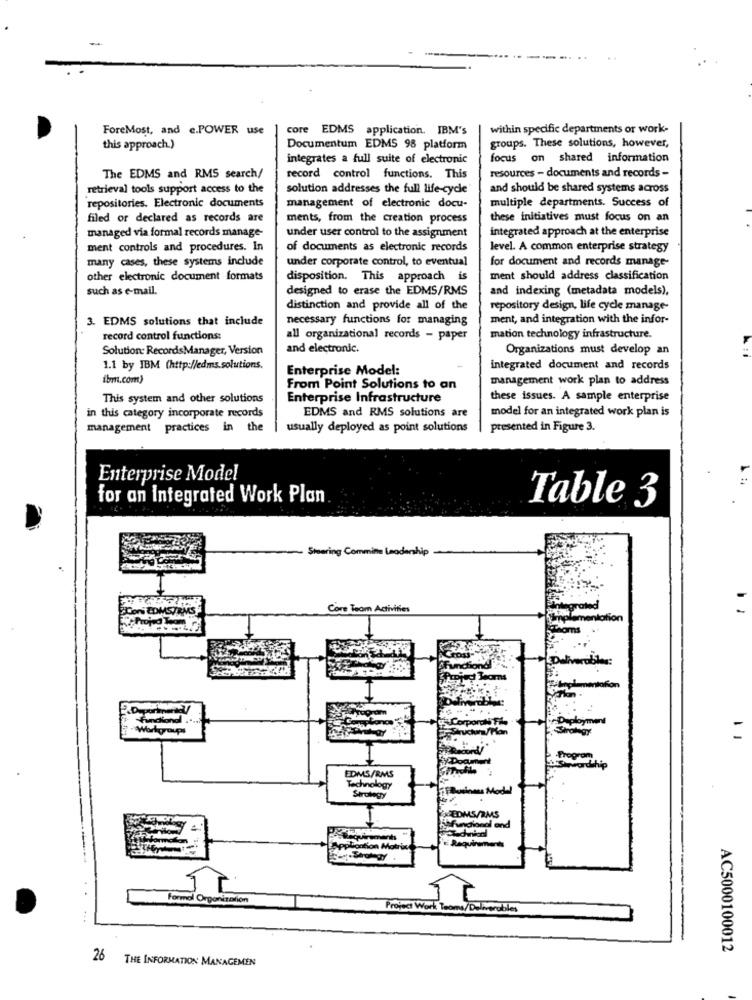
ForeMost, and e.POWER use
core EDMS application. IBM's
within specific departments or work-
this approach.)
Documentum EDM5 98 platform
groups. These solutions, however,
integrates a full suite of electronic
focus on shared information
The EDMS and RMS search/
record control functions. This
resources - documents and records -
retrieval tools support access to the
solution addresses the full life-cycle
and should be shared systems across
multiple departments. Success of
repositories. Electronic documents
management of electronic docu-
filed or declared as records are
ments, from the creation process
these initiatives must focus on an
managed via formal records manage-
integrated approach at the enterprise
under user control to the assignment
ment controls and procedures. In
of documents as electronic records
level. A common enterprise strategy
many cases, these systems include
under corporate control, to eventual
for document and records manage
other electronic document formats
disposition. This approach is
ment should address classification
such as e-mail.
designed to erase the EDMS/RMS
and indexing (metadata models),
distinction and provide all of the
repository design, life cycle manage-
3. EDMS solutions that include
necessary functions for managing
ment, and integration with the infor-
record control functions:
all organizational records - paper
mation technology infrastructure.
Solution: Records Manager, Version
and electronic.
Organizations must develop an
1.1 by IBM (http://edms.solutions.
Enterprise Model:
integrated document and records
ibm.com)
management work plan to address
From Point Solutions to an
This system and other solutions
Enterprise Infrastructure
these issues. A sample enterprise
in this category incorporate records
EDMS and RMS solutions are
model for an integrated work plan is
management practices in the
usually deployed as point solutions
presented in Figure 3.
Enterprise Model
for an Integrated Work Plan
Table 3
Steering Commite Leadership
"Coni EDMSTRMS-
Core Team Activities
Projed tom
Horns
nd.
Workgroups
-
EDMS/RMS
Technology
Business Model
Strology
PEDMS
oniTation
Project Work Teams/Deliverables
AC5000100012
26
THE INFORMATION MANAGEMEN